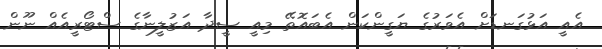
އެއީ އަޅުގަނޑަށް އެވަރުގެ ޔަގީންކަން އެބައޮތޭ މިއީ ސީދާ އަޒުލީނާގެ ސްޓޯރީއެއް ނޫން